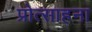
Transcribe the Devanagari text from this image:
प्रोत्साहना